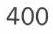
400